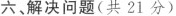
六，解决问题(共21分)